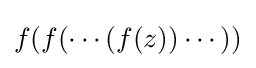
f(f(\cdots (f(z))\cdots ))